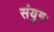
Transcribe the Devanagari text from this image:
संयुगः